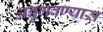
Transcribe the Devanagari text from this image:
अनुभवण्यास